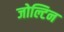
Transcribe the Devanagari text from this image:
जोल्टिन